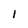
Character: I